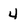
Character: 4